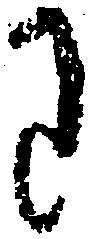
わ